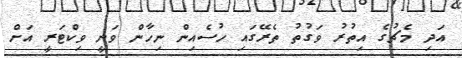
އަދި މެޗުގެ އިތުރު ވަގުތު ތެރޭގައި ހުސެއިން ނިހާން ވަނީ ވިކްޓަރީ އަށް